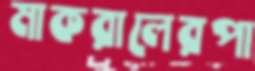
মাকরালেরপা